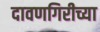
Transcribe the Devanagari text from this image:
दावणगिरीच्या